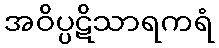
အဝိပ္ပဋိသာရကရံ